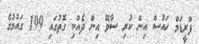
ފްރީޑަމް ހައުސް އިން ކުރި ސާވޭ އިިން ދެއްކި ގޮތުގައި 199 ގައުމުގެ